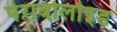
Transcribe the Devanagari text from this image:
पेराबोलोइड